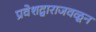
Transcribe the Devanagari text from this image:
प्रवेशद्वाराजवळून